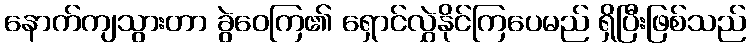
နောက်ကျသွားတာ ခွဲဝေကြ၏ ရှောင်လွှဲနိုင်ကြပေမည် ရှိပြီးဖြစ်သည်